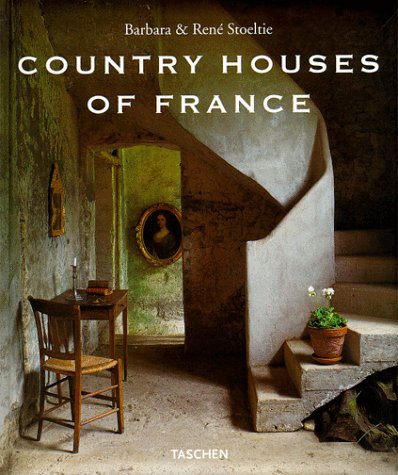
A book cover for Country Houses Of France (English and French Edition); Barbara Stoeltie; Arts & Photography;